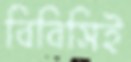
বিবিসিই